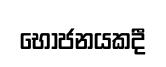
භෝජනයකදී